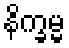
နိက္ခမ္မ